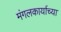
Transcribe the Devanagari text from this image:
मंगलकार्याच्या